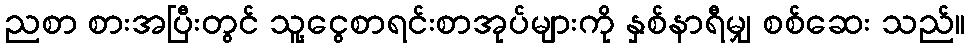
ညစာ စားအပြီးတွင် သူ့ငွေစာရင်းစာအုပ်များကို နှစ်နာရီမျှ စစ်ဆေး သည်။